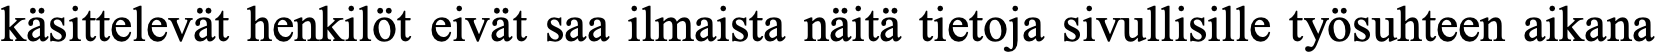
käsittelevät henkilöt eivät saa ilmaista näitä tietoja sivullisille työsuhteen aikana